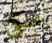
عنكي